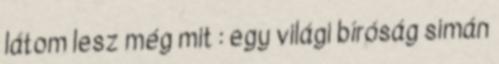
látom lesz még mit : egy világi bíróság simán